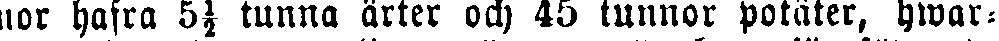
nor hafra 5½ tunna ärter och 45 tunnor potäter, hwar-